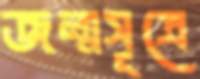
জন্মসূত্রে